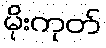
မိုးကုတ်